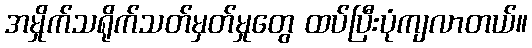
အမှိုက်သရိုက်သတ်မှတ်မှုတွေ ထပ်ပြီးပုံကျလာတယ်။